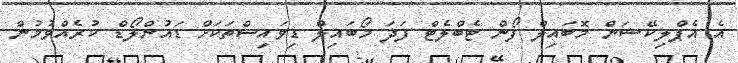
އެ އެޕްލިކޭޝަން މޮބައިލް ފޯން ޓެބްލެޓް ފަދަ މޯބައިލް ޑިވައިސްތަކަށް ޑައުންލޯޑް ކުރެއްވުމުން